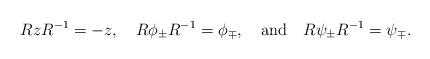
LaTeX: \begin{align*}R z R^{-1}=-z, \quad R \phi_{\pm} R^{-1}=\phi_{\mp},\quad {\rm and} \quad R \psi_{\pm} R^{-1}= \psi_{\mp}.\end{align*}